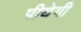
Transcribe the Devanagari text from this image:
पीयेगी